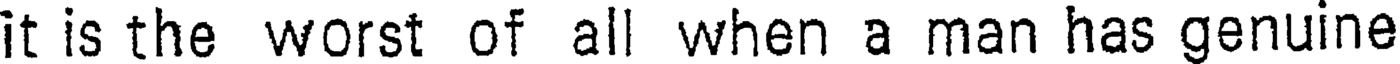
it is the worst of all when a man has genuine